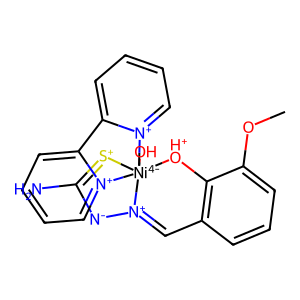
SMILES: COc1cccc2c1[OH+][Ni-4]13(O)([S+]=C(N)[N-][N+]1=C2)[n+]1ccccc1-c1cccc[n+]13
Inhibits HIV replication: No